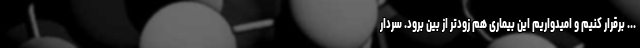
... برقرار کنیم و امیدواریم این بیماری هم‌ زودتر از بین برود. سردار